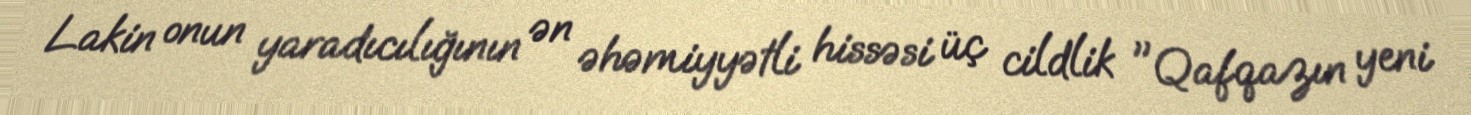
Lakin onun yaradıcılığının ən əhəmiyyətli hissəsi üç cildlik "Qafqazın yeni